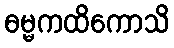
ဓမ္မကထိကောသိ